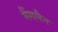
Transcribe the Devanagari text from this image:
मैंगलैन